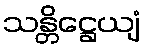
သန္တိဋ္ဌေယျံ